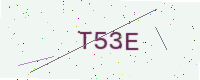
Text: T53E